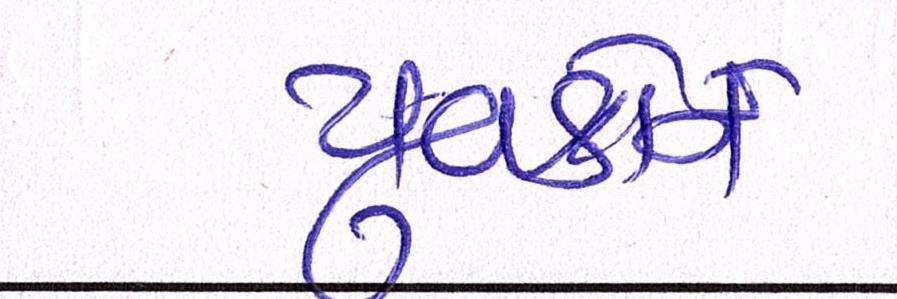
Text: યુવકોને